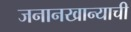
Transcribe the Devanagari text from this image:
जनानखान्याची